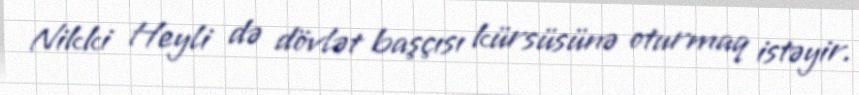
Nikki Heyli də dövlət başçısı kürsüsünə oturmaq istəyir.